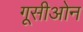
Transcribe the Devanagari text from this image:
गूसीओन